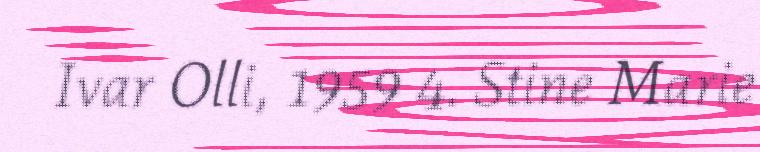
Ivar Olli, 1959 4. Stine Marie